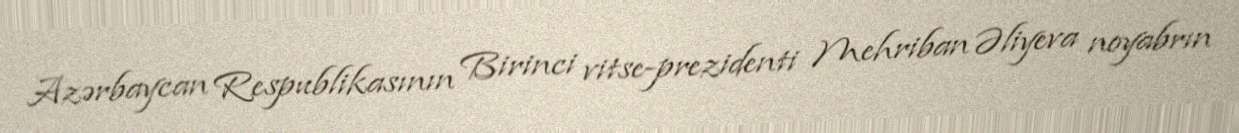
Azərbaycan Respublikasının Birinci vitse-prezidenti Mehriban Əliyeva noyabrın